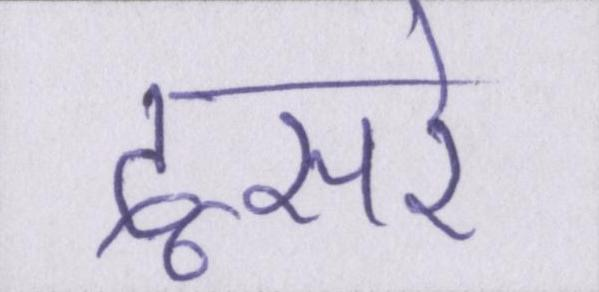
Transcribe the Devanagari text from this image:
दूसरे